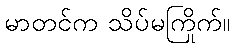
မာတင်က သိပ်မကြိုက်။